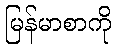
မြန်မာစာကို